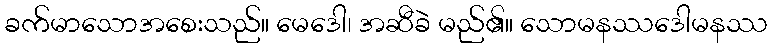
ခက်မာသောအစေးသည်။ မေဒေါ၊ အဆီခဲ မည်၏။ သောမနဿဒေါမနဿ